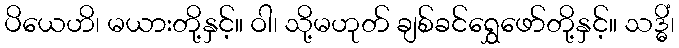
ပိယေဟိ၊ မယားတို့နှင့်။ ဝါ၊ သို့မဟုတ် ချစ်ခင်ရွှေဖော်တို့နှင့်။ သဒ္ဓိံ၊